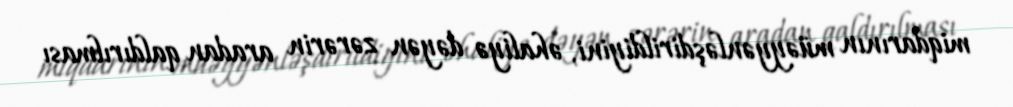
miqdarının müəyyənləşdirildiyini, əhaliyə dəyən zərərin aradan qaldırılması